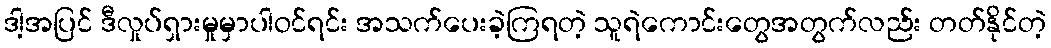
ဒါ့အပြင် ဒီလှုပ်ရှားမှုမှာပါဝင်ရင်း အသက်ပေးခဲ့ကြရတဲ့ သူရဲကောင်းတွေအတွက်လည်း တတ်နိုင်တဲ့